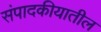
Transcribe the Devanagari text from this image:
संपादकीयातील